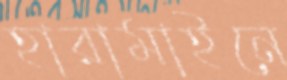
হারামাইনে